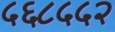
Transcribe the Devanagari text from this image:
५६८५५२